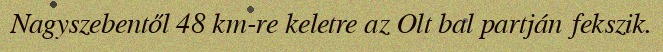
Nagyszebentől 48 km-re keletre az Olt bal partján fekszik.